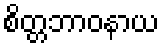
စိတ္တဘာဝနာယ